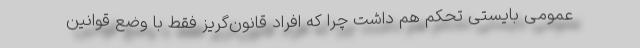
عمومی بایستی تحکم هم داشت چرا که افراد قانون‌گریز فقط با وضع قوانین